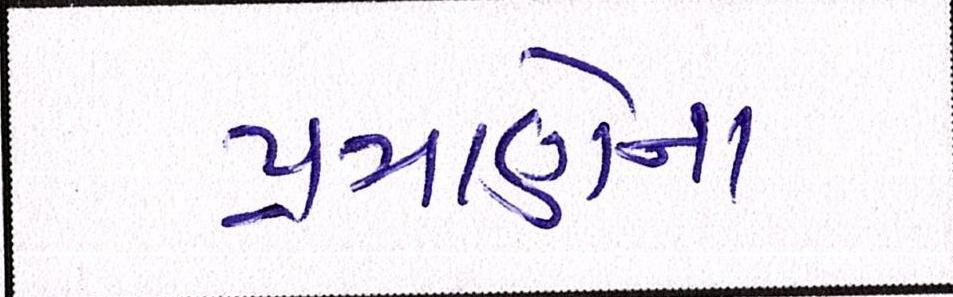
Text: પ્રમાણેના